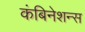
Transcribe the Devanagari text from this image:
कंबिनेशन्स